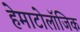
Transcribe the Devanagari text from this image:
हेमाटोलॉजिक